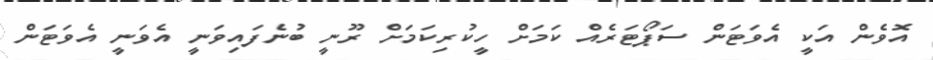
އޮވެން އަކީ އެވަޓަން ސަޕޯޓަރެއް ކަމަށް ހީކުރިކަމަށް ރޫނީ ބުނެފައިވަނީ އެވަނީ އެވަޓަން